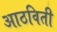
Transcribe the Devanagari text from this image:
आठविती